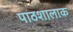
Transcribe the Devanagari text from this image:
पाठशालाक